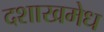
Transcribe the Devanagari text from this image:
दशाखमेध